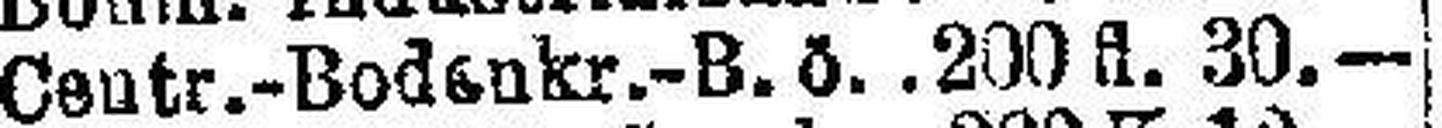
Centr.-Bodenkr.-B.ö. 200 fl. 30.—